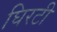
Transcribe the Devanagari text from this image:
घिरटी